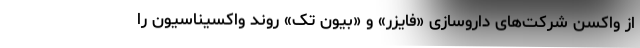
از واکسن شرکت‌‌های داروسازی «فایزر» و «بیون تک» روند واکسیناسیون را